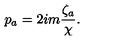
p _ { a } = 2 i m \frac { \zeta _ { a } } { \chi } .